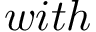
w i t h